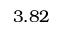
3 . 8 2